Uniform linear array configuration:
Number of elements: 12
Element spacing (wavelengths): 0.5
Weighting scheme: blackman
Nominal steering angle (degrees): -60
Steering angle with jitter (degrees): -61.731
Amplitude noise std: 0.05
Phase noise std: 0.05

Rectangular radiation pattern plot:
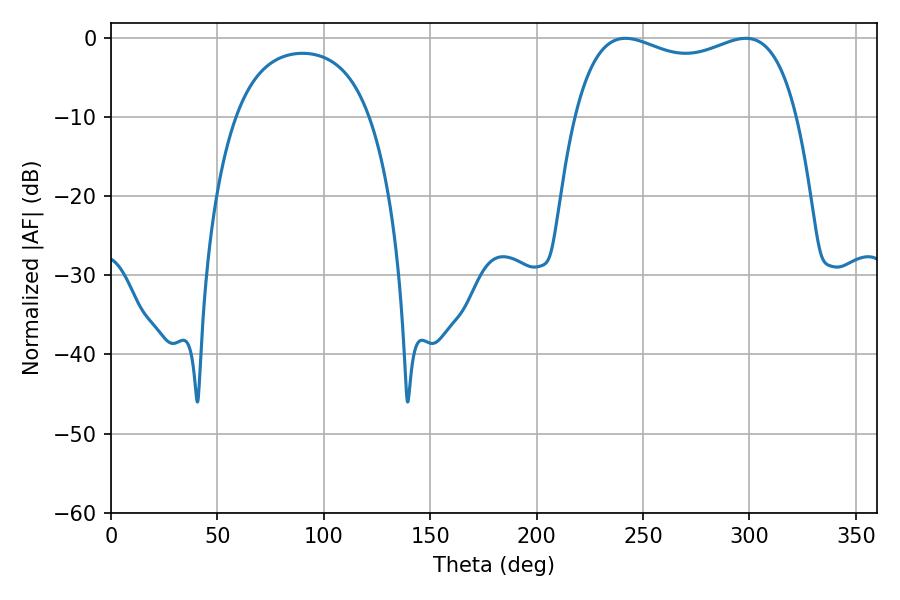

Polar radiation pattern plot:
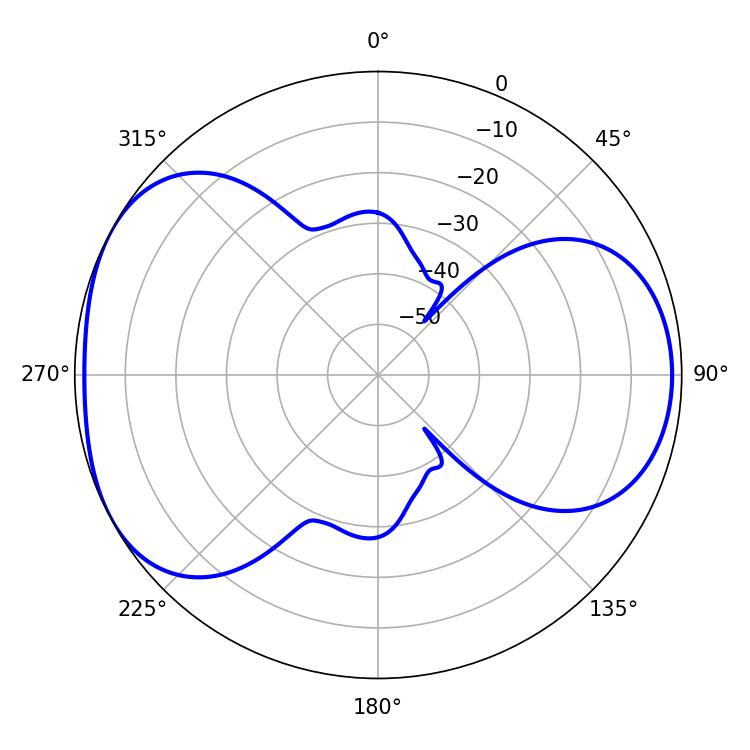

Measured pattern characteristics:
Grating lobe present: FALSE
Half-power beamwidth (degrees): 85.68
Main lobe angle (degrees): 241.74